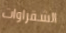
الشقراوات